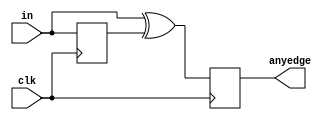
module top_module (
    input clk,
    input [7:0] in,
    output [7:0] anyedge
);
	reg [7:0] d_last;	
			
	always @(posedge clk) begin
		d_last <= in;			
		anyedge <= in ^ d_last;	
	end
endmodule